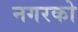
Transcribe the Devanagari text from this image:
नगरको